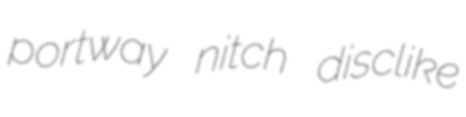
portway nitch disclike